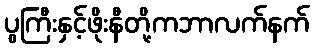
ပွကြီးနှင့်ဖိုးနီတို့ကဘာလက်နက်